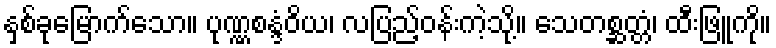
နှစ်ခုမြောက်သော။ ပုဏ္ဏစန္ဒံဝိယ၊ လပြည့်ဝန်းကဲ့သို့။ သေတစ္ဆတ္တံ၊ ထီးဖြူကို။